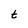
Character: t